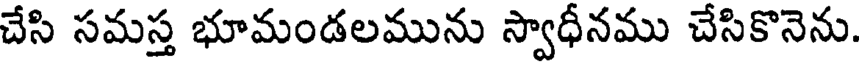
చేసి సమస్త భూమండలమును స్వాధీనము చేసికొనెను.